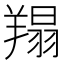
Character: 𦎲